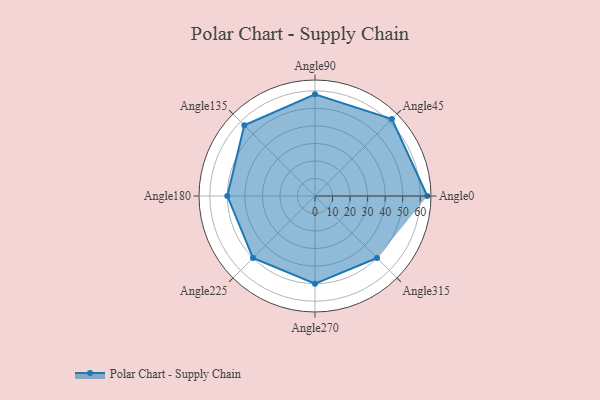
{"axis": {"x": "Angle", "y": "Radius"}, "legend": [""], "data": [{"x": "Angle0", "y": 64.0, "type": ""}, {"x": "Angle45", "y": 62.0, "type": ""}, {"x": "Angle90", "y": 58.0, "type": ""}, {"x": "Angle135", "y": 57.0, "type": ""}, {"x": "Angle180", "y": 50.0, "type": ""}, {"x": "Angle225", "y": 50, "type": ""}, {"x": "Angle270", "y": 50, "type": ""}, {"x": "Angle315", "y": 50, "type": ""}]}